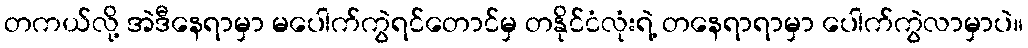
တကယ်လို့ အဲဒီနေရာမှာ မပေါက်ကွဲရင်တောင်မှ တနိုင်ငံလုံးရဲ့ တနေရာရာမှာ ပေါက်ကွဲလာမှာပဲ။